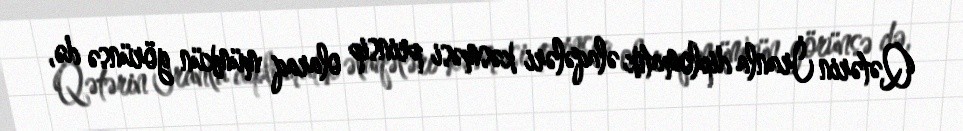
Qətərin İranla diplomatik əlaqələri kəsməsi prinsip olaraq mümkün görünsə də,